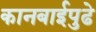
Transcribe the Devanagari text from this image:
कानबाईपुढे